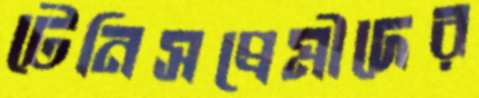
টেনিসপ্রেমীদের